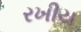
રખીય